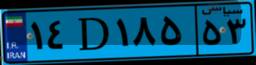
۲۷D۸۳۶۷۶